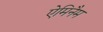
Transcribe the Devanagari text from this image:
ऐमिनैम